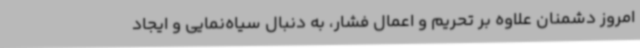
امروز دشمنان علاوه بر تحریم و اعمال فشار، به دنبال سیاه‌نمایی و ایجاد